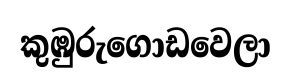
කුඹුරුගොඩවෙලා